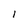
Character: l